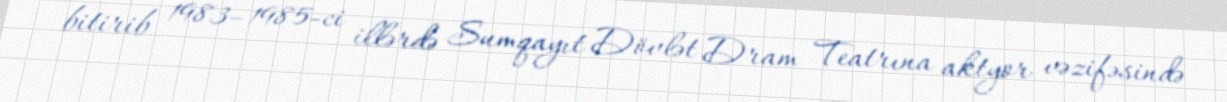
bitirib 1983–1985-ci illərdə Sumqayıt Dövlət Dram Teatrına aktyor vəzifəsində